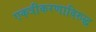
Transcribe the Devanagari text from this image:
एकत्रीकरणाविरुद्ध